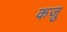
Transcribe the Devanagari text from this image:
कजु